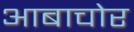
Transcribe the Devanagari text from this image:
आबाचोर